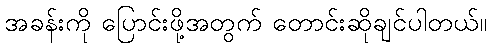
အခန်းကို ပြောင်းဖို့အတွက် တောင်းဆိုချင်ပါတယ်။